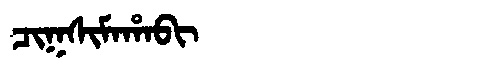
Manchu: ᠴᡳᡴᠰᡳᠮᠠᡥᠠᠪᡳ
Romanization: CIKSIMAHABI